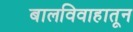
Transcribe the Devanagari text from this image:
बालविवाहातून